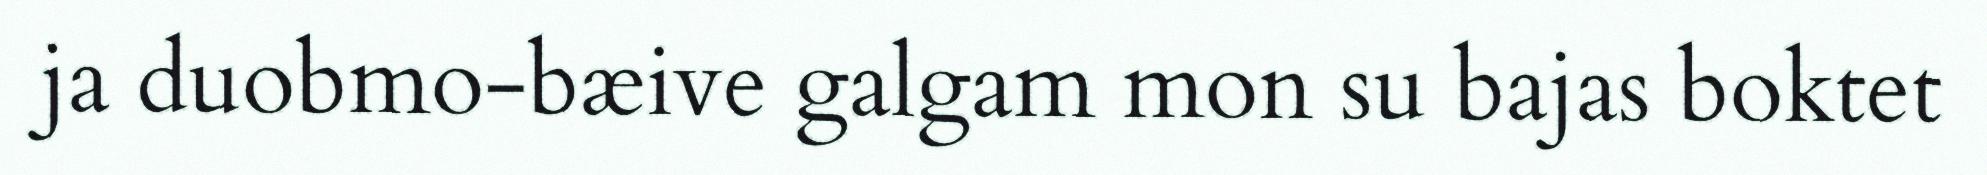
ja duobmo-bæive galgam mon su bajas boktet